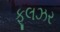
ફૂલઝર